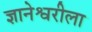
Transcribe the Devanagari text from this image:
ज्ञानेश्वरीला